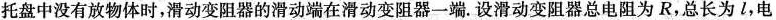
托盘中没有放物体时，滑动变阻器的滑动端在滑动变阻器一端。设滑动变阻器总电阻为R，总长为l，电